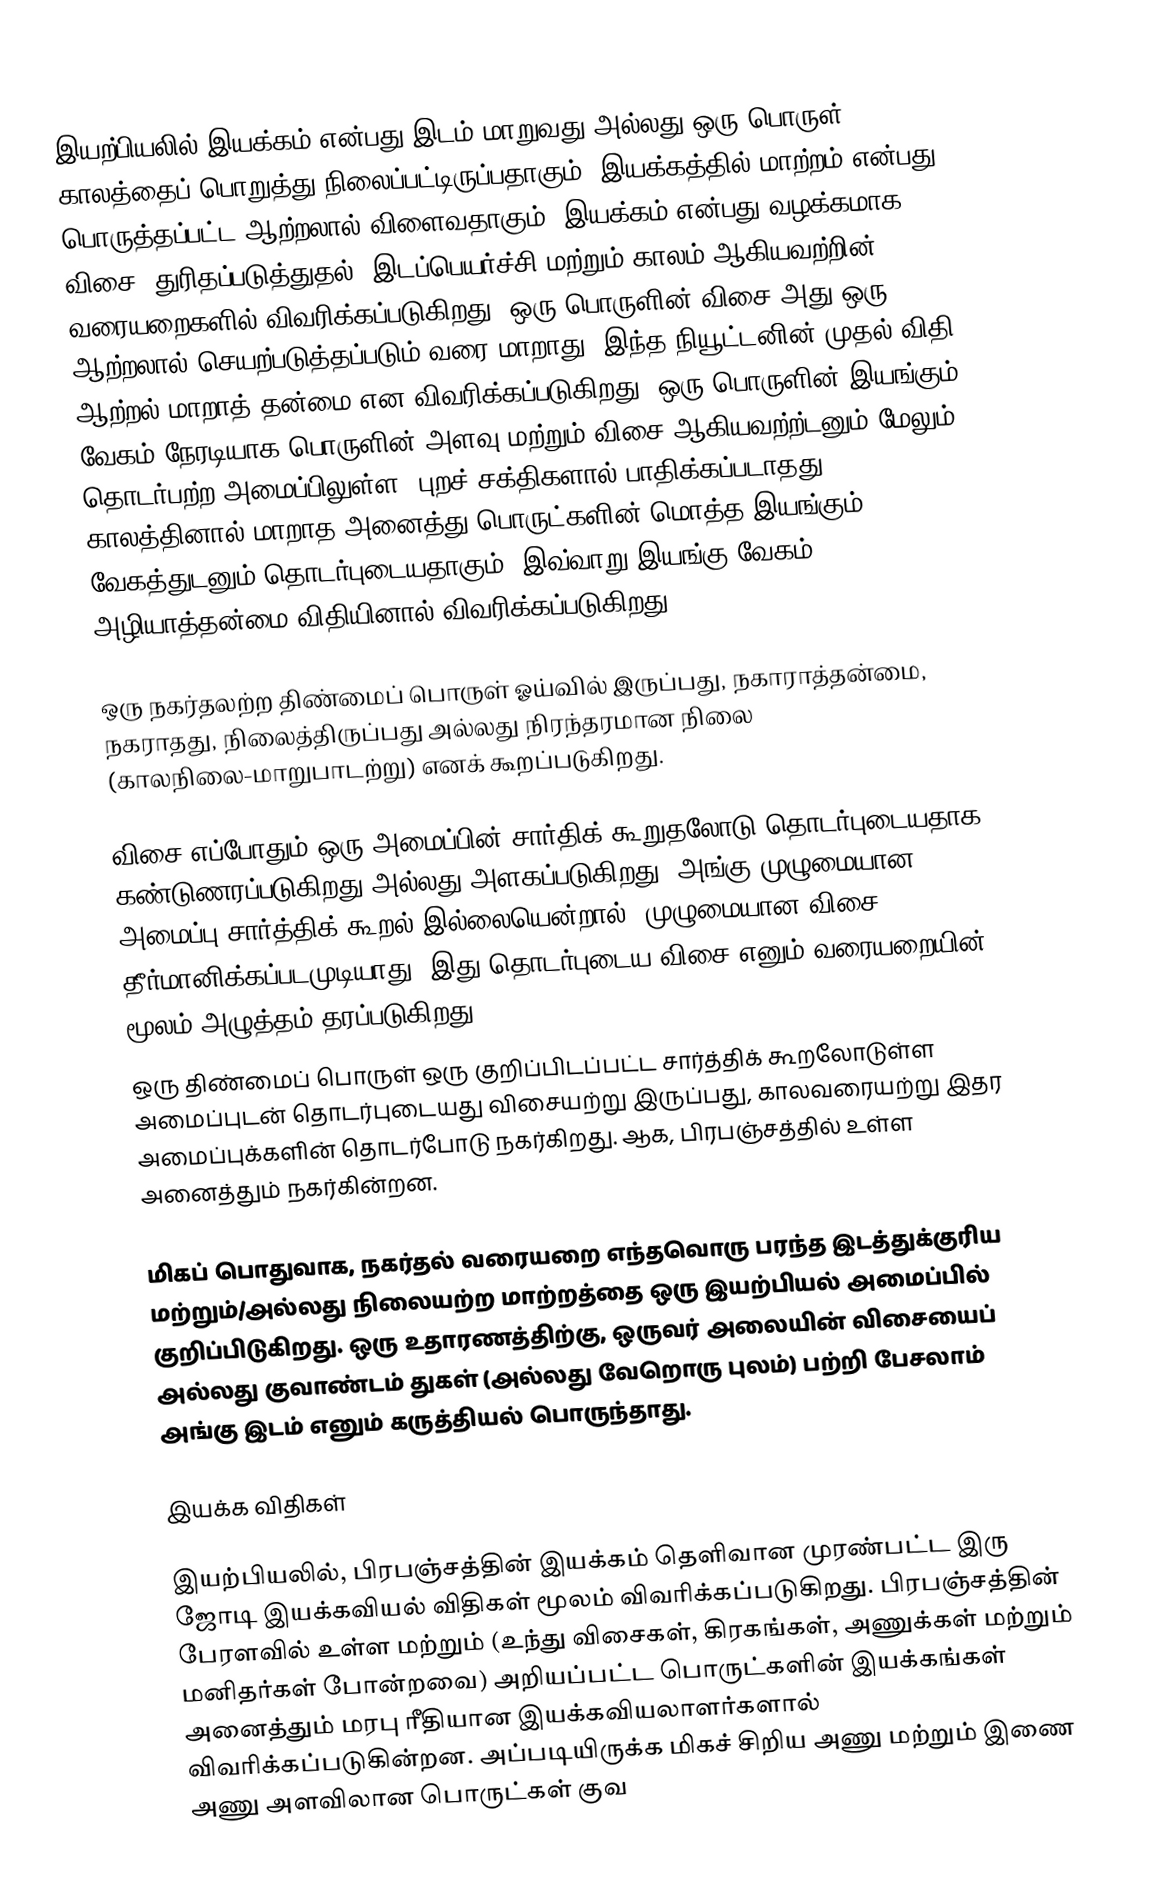
இயற்பியலில் இயக்கம் என்பது இடம் மாறுவது அல்லது ஒரு பொருள் காலத்தைப் பொறுத்து நிலைப்பட்டிருப்பதாகும். இயக்கத்தில் மாற்றம் என்பது பொருத்தப்பட்ட ஆற்றலால் விளைவதாகும். இயக்கம் என்பது வழக்கமாக விசை, துரிதப்படுத்துதல், இடப்பெயர்ச்சி மற்றும் காலம் ஆகியவற்றின் வரையறைகளில் விவரிக்கப்படுகிறது. ஒரு பொருளின் விசை அது ஒரு ஆற்றலால் செயற்படுத்தப்படும் வரை மாறாது, இந்த நியூட்டனின் முதல் விதி ஆற்றல் மாறாத் தன்மை என விவரிக்கப்படுகிறது. ஒரு பொருளின் இயங்கும் வேகம் நேரடியாக பொருளின் அளவு மற்றும் விசை ஆகியவற்ற்டனும் மேலும் தொடர்பற்ற அமைப்பிலுள்ள (புறச் சக்திகளால் பாதிக்கப்படாதது) காலத்தினால் மாறாத அனைத்து பொருட்களின் மொத்த இயங்கும் வேகத்துடனும் தொடர்புடையதாகும். இவ்வாறு இயங்கு வேகம் அழியாத்தன்மை விதியினால் விவரிக்கப்படுகிறது.

ஒரு நகர்தலற்ற திண்மைப் பொருள் ஓய்வில் இருப்பது, நகாராத்தன்மை, நகராதது, நிலைத்திருப்பது அல்லது நிரந்தரமான நிலை (காலநிலை-மாறுபாடற்று) எனக் கூறப்படுகிறது.

விசை எப்போதும் ஒரு அமைப்பின் சார்திக் கூறுதலோடு தொடர்புடையதாக கண்டுணரப்படுகிறது அல்லது அளகப்படுகிறது. அங்கு முழுமையான அமைப்பு சார்த்திக் கூறல் இல்லையென்றால், முழுமையான விசை தீர்மானிக்கப்படமுடியாது; இது தொடர்புடைய விசை எனும் வரையறையின் மூலம் அழுத்தம் தரப்படுகிறது.
ஒரு திண்மைப் பொருள் ஒரு குறிப்பிடப்பட்ட சார்த்திக் கூறலோடுள்ள அமைப்புடன் தொடர்புடையது விசையற்று இருப்பது, காலவரையற்று இதர அமைப்புக்களின் தொடர்போடு நகர்கிறது. ஆக, பிரபஞ்சத்தில் உள்ள அனைத்தும் நகர்கின்றன.

மிகப் பொதுவாக, நகர்தல் வரையறை எந்தவொரு பரந்த இடத்துக்குரிய மற்றும்/அல்லது நிலையற்ற மாற்றத்தை ஒரு இயற்பியல் அமைப்பில் குறிப்பிடுகிறது. ஒரு உதாரணத்திற்கு, ஒருவர் அலையின் விசையைப் அல்லது குவாண்டம் துகள் (அல்லது வேறொரு புலம்) பற்றி பேசலாம் அங்கு இடம் எனும் கருத்தியல் பொருந்தாது.

இயக்க விதிகள்

இயற்பியலில், பிரபஞ்சத்தின் இயக்கம் தெளிவான முரண்பட்ட இரு ஜோடி இயக்கவியல் விதிகள் மூலம் விவரிக்கப்படுகிறது. பிரபஞ்சத்தின் பேரளவில் உள்ள மற்றும் (உந்து விசைகள், கிரகங்கள், அணுக்கள் மற்றும் மனிதர்கள் போன்றவை) அறியப்பட்ட பொருட்களின் இயக்கங்கள் அனைத்தும் மரபு ரீதியான இயக்கவியலாளர்களால் விவரிக்கப்படுகின்றன. அப்படியிருக்க மிகச் சிறிய அணு மற்றும் இணை அணு அளவிலான பொருட்கள் குவ